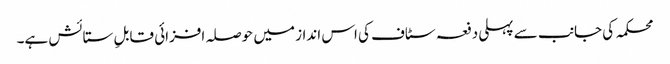
محکمہ کی جانب سے پہلی دفعہ سٹاف کی اس انداز میں حوصلہ افزائی قابلِ ستائش ہے۔